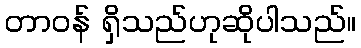
တာဝန် ရှိသည်ဟုဆိုပါသည်။